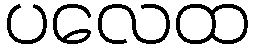
ပလေထ